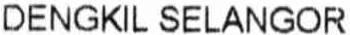
DENGKIL SELANGOR